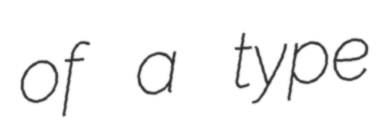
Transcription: of a type